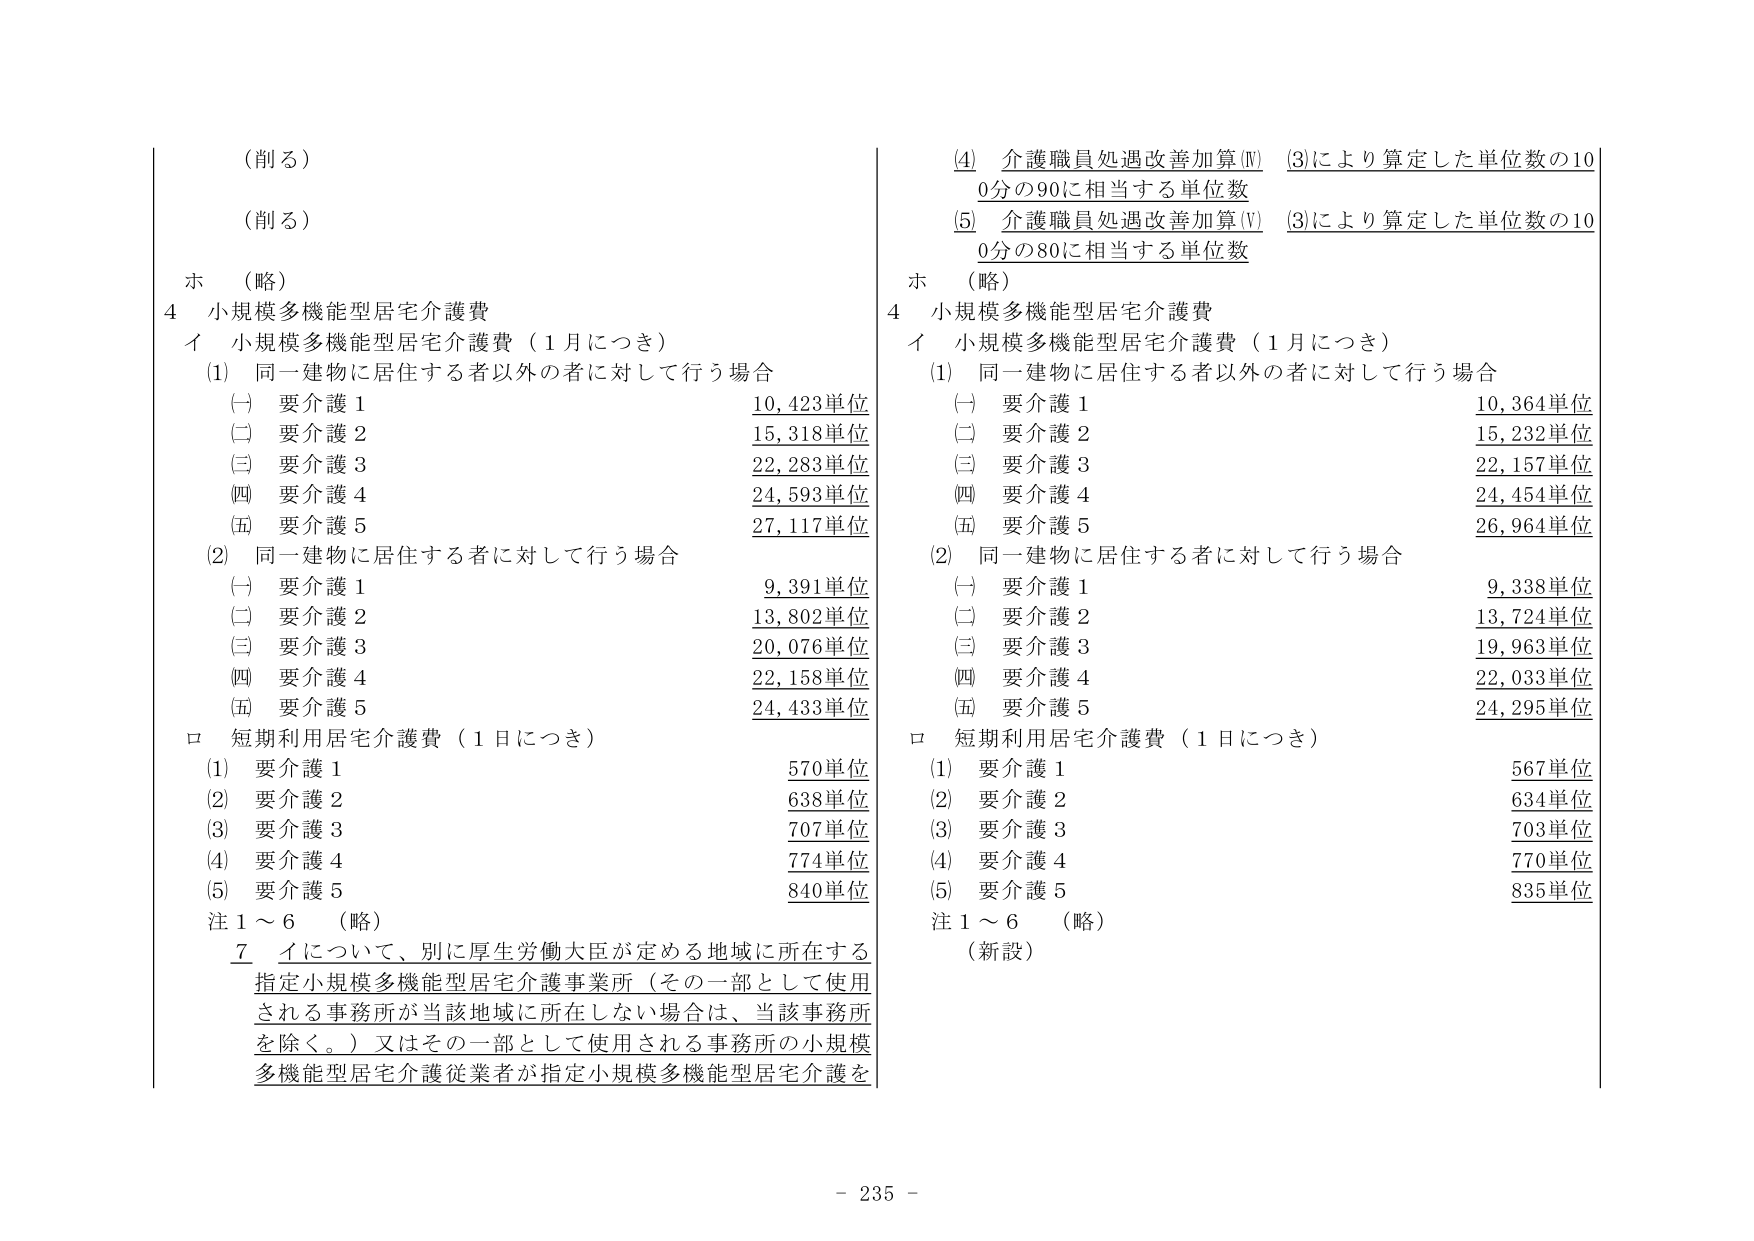
（削る）
（削る）
ホ （略）
4 小規模多機能型居宅介護費
イ 小規模多機能型居宅介護費（1月につき）
(1) 同一建物に居住する者以外の者に対して行う場合
(一) 要介護1 10,423単位
(二) 要介護2 15,318単位
(三) 要介護3 22,283単位
(四) 要介護4 24,593単位
(五) 要介護5 27,117単位
(2) 同一建物に居住する者に対して行う場合
(一) 要介護1 9,391単位
(二) 要介護2 13,802単位
(三) 要介護3 20,076単位
(四) 要介護4 22,158単位
(五) 要介護5 24,433単位
ロ 短期利用居宅介護費（1日につき）
(1) 要介護1 570単位
(2) 要介護2 638単位
(3) 要介護3 707単位
(4) 要介護4 774単位
(5) 要介護5 840単位
注1～6 （略）
7 イについて、別に厚生労働大臣が定める地域に所在する
指定小規模多機能型居宅介護事業所（その一部として使用
される事務所が当該地域に所在しない場合は、当該事務所
を除く。）又はその一部として使用される事務所の小規模
多機能型居宅介護従業者が指定小規模多機能型居宅介護を

(4) 介護職員処遇改善加算(Ⅳ) (3)により算定した単位数の10
0分の90に相当する単位数
(5) 介護職員処遇改善加算(Ⅴ) (3)により算定した単位数の10
0分の80に相当する単位数
ホ （略）
4 小規模多機能型居宅介護費
イ 小規模多機能型居宅介護費（1月につき）
(1) 同一建物に居住する者以外の者に対して行う場合
(一) 要介護1 10,364単位
(二) 要介護2 15,232単位
(三) 要介護3 22,157単位
(四) 要介護4 24,454単位
(五) 要介護5 26,964単位
(2) 同一建物に居住する者に対して行う場合
(一) 要介護1 9,338単位
(二) 要介護2 13,724単位
(三) 要介護3 19,963単位
(四) 要介護4 22,033単位
(五) 要介護5 24,295単位
ロ 短期利用居宅介護費（1日につき）
(1) 要介護1 567単位
(2) 要介護2 634単位
(3) 要介護3 703単位
(4) 要介護4 770単位
(5) 要介護5 835単位
注1～6 （略）
（新設）

- 235 -